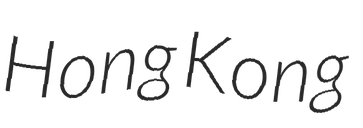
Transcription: Hong Kong